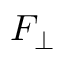
F _ { \bot }